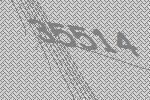
35514